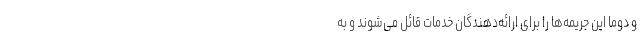
و دوما این جریمه‌ها را برای ارائه‌دهندگان خدمات قائل می‌شوند و به